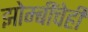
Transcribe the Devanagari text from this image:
झोम्बींचेही